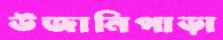
উজানিপাড়া